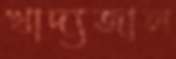
খাদ্যজাল